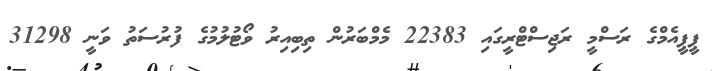
ޕީޕީއެމްގެ ރަސްމީ ރަޖިސްޓްރީގައި 22383 މެމްބަރުން ތިބިއިރު ވޯޓުލުމުގެ ފުރުސަތު ވަނީ 31298